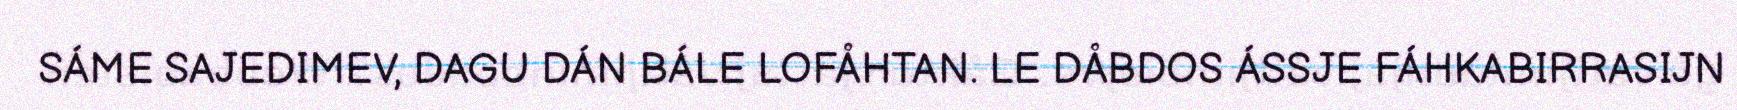
SÁME SAJEDIMEV, DAGU DÁN BÁLE LOFÅHTAN. LE DÅBDOS ÁSSJE FÁHKABIRRASIJN